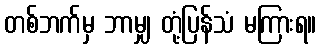
တစ်ဘက်မှ ဘာမျှ တုံ့ပြန်သံ မကြားရ။